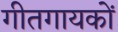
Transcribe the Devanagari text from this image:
गीतगायकों